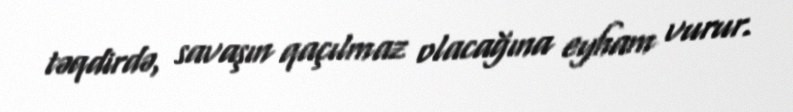
təqdirdə, savaşın qaçılmaz olacağına eyham vurur.